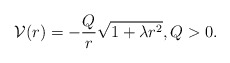
\begin{align*} {\cal V}(r) = - \frac{Q}{r}\sqrt{1+\lambda r^2}, Q>0. \end{align*}